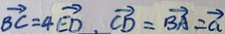
\overrightarrow { B C } = 4 \overrightarrow { E D } . \overrightarrow { C D } = \overrightarrow { B A } = \overrightarrow { a }